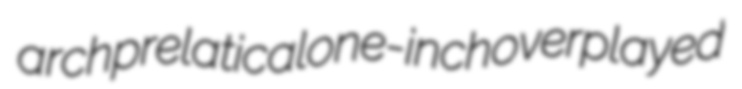
archprelatical one-inch overplayed